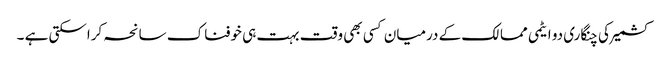
کشمیر کی چنگاری دو ایٹمی ممالک کے درمیان کسی بھی وقت بہت ہی خوفناک سانحہ کراسکتی ہے ۔